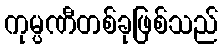
ကုမ္ပဏီတစ်ခုဖြစ်သည်